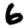
Digit: 6